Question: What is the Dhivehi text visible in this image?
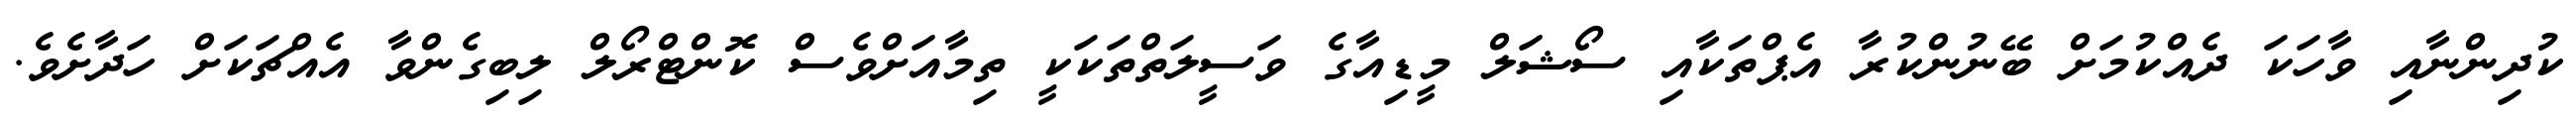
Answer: ކުދިންނާއި ވާހަކަ ދެއްކުމަށް ބޭނުންކުރާ އެޕްތަކާއި ސޯޝަލް މީޑިއާގެ ވަސީލަތްތަކަކީ ތިމާއަށްވެސް ކޮންޓްރޯލް ލިބިގެންވާ އެއްޗަކަށް ހަދާށެވެ.